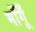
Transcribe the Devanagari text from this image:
माँगूँ